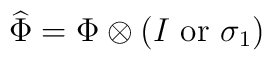
\widehat\Phi = \Phi\otimes(I \mbox{   or   } \sigma_1)